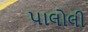
પાલોલી